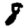
Digit: 8